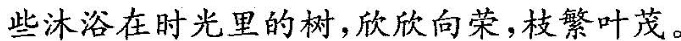
些沐浴在时光里的树，欣欣向荣，枝繁叶茂。